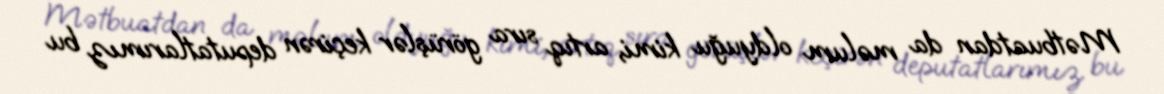
Mətbuatdan da məlum oldyuğu kimi, artıq sıra görüşlər keçirən deputatlarımız bu